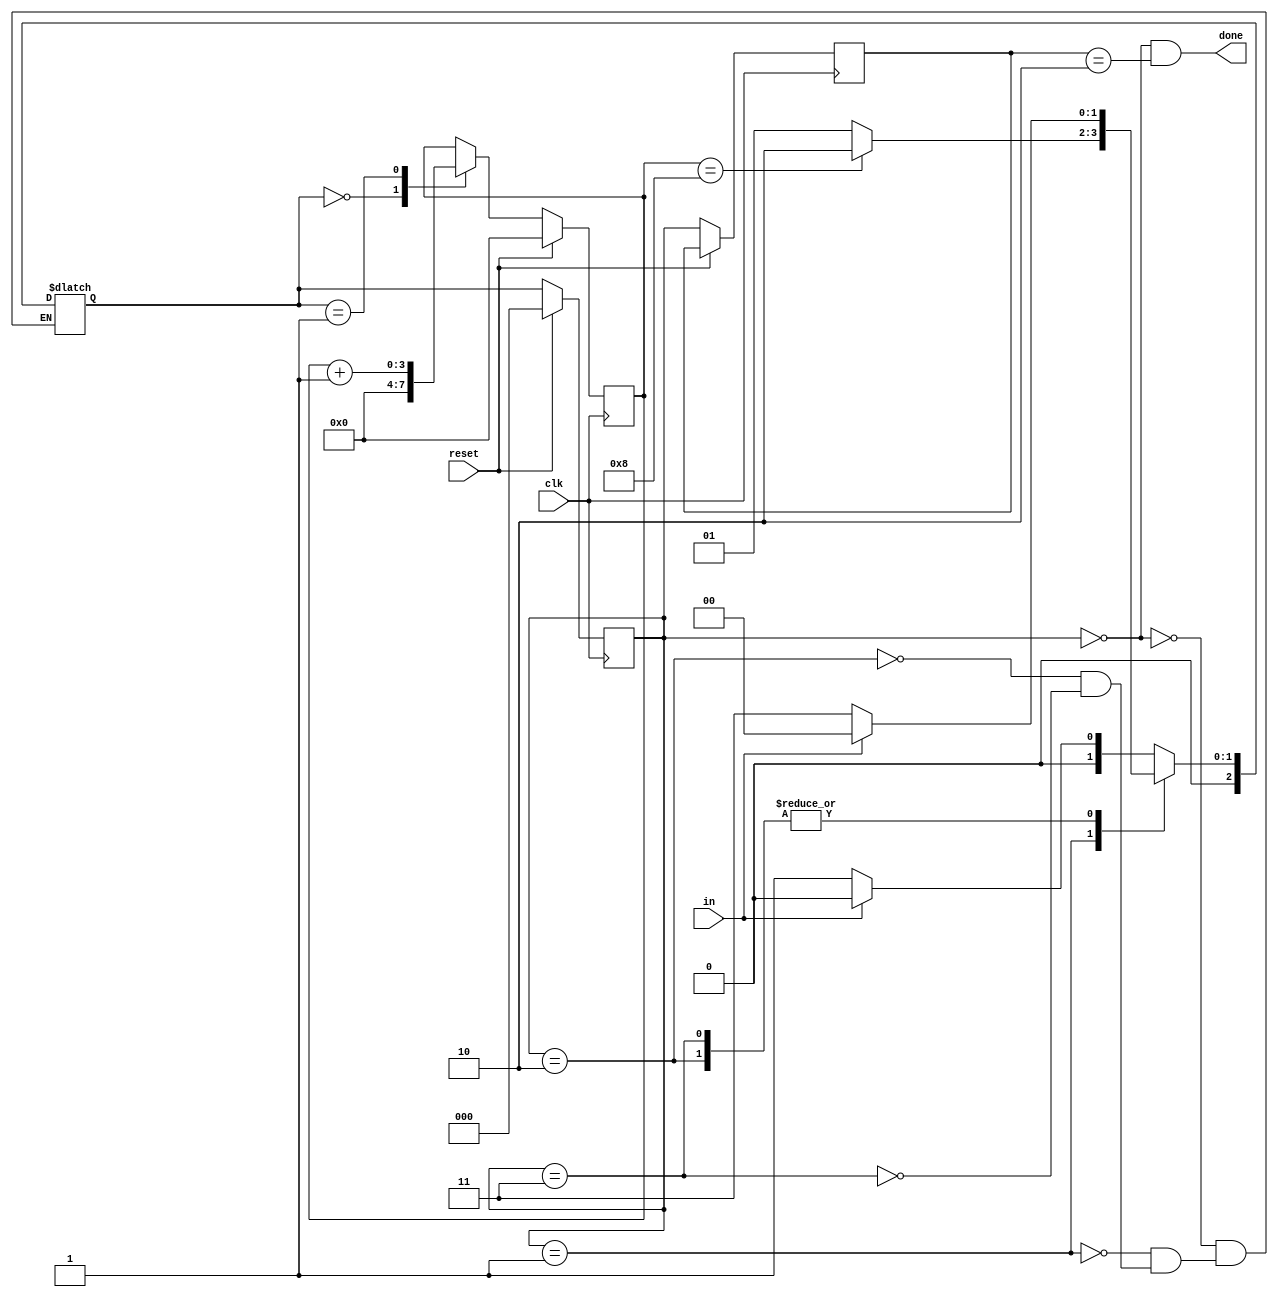
module top_module(
    input clk,
    input in,
    input reset,    // Synchronous reset
    output done
); 

    parameter IDLE=0, START=1, DONE=2, ERROR=3;
    reg[2:0] pre, state, next;
    reg[3:0] cnt;

    always@(*) begin 
        case(state)
            IDLE: next = in ? IDLE : START;
            START: next = (cnt == 8) ? DONE : START;
            DONE: next = in ? IDLE : ERROR;
            ERROR: next = in ? IDLE : ERROR;
        endcase
    end

    always@(posedge clk) begin
        if (reset) begin 
            state <= IDLE;
        end else begin
            pre <= state;
            state <= next;
        end
    end

    always@(posedge clk)begin
        if (reset) begin
            cnt<=0;
        end else begin
            case(next)
                IDLE: cnt <= 0;
                START: cnt <= cnt + 1;
                default: cnt <= cnt;
            endcase
        end
    end

    assign done = (state == IDLE && pre == DONE); 
endmodule